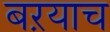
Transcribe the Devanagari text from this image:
बऱयाच